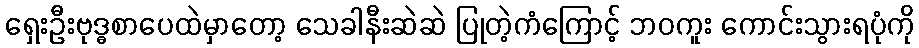
ရှေးဦးဗုဒ္ဓစာပေထဲမှာတော့ သေခါနီးဆဲဆဲ ပြုတဲ့ကံကြောင့် ဘဝကူး ကောင်းသွားရပုံကို